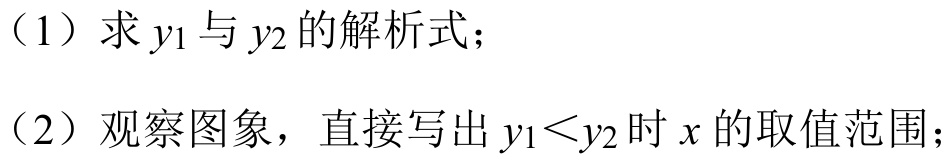
（1）求 \(y_1\) 与 \(y_2\) 的解析式；
（2）观察图象，直接写出 \(y_1<y_2\) 时 \(x\) 的取值范围；